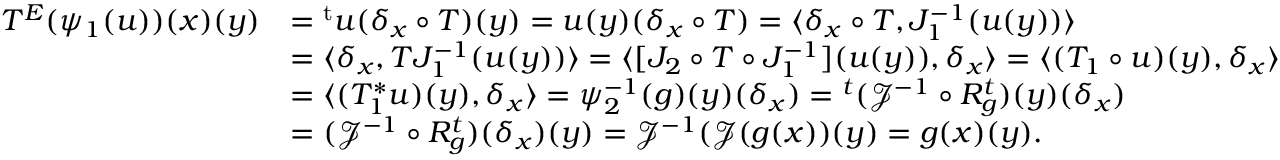
\begin{array} { r l } { T ^ { E } ( \psi _ { 1 } ( u ) ) ( x ) ( y ) } & { = { ^ { \mathrm { t } } u } ( \delta _ { x } \circ T ) ( y ) = u ( y ) ( \delta _ { x } \circ T ) = \langle \delta _ { x } \circ T , J _ { 1 } ^ { - 1 } ( u ( y ) ) \rangle } \\ & { = \langle \delta _ { x } , T J _ { 1 } ^ { - 1 } ( u ( y ) ) \rangle = \langle [ J _ { 2 } \circ T \circ J _ { 1 } ^ { - 1 } ] ( u ( y ) ) , \delta _ { x } \rangle = \langle ( T _ { 1 } \circ u ) ( y ) , \delta _ { x } \rangle } \\ & { = \langle ( T _ { 1 } ^ { \ast } u ) ( y ) , \delta _ { x } \rangle = \psi _ { 2 } ^ { - 1 } ( g ) ( y ) ( \delta _ { x } ) = { ^ { t } ( \mathcal { J } ^ { - 1 } \circ R _ { g } ^ { t } ) } ( y ) ( \delta _ { x } ) } \\ & { = ( \mathcal { J } ^ { - 1 } \circ R _ { g } ^ { t } ) ( \delta _ { x } ) ( y ) = \mathcal { J } ^ { - 1 } ( \mathcal { J } ( g ( x ) ) ( y ) = g ( x ) ( y ) . } \end{array}